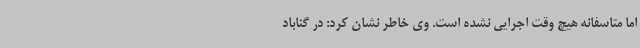
اما متاسفانه هیچ وقت اجرایی نشده است. وی خاطر نشان کرد: در گناباد